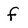
Character: f